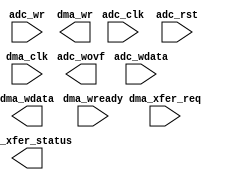
module ad9680_fifo (
		input  wire         adc_clk,         //         if_adc_clk.clk
		input  wire         adc_rst,         //         if_adc_rst.reset
		input  wire         adc_wr,          //          if_adc_wr.valid
		input  wire [127:0] adc_wdata,       //       if_adc_wdata.data
		output wire         adc_wovf,        //        if_adc_wovf.ovf
		input  wire         dma_clk,         //         if_dma_clk.clk
		output wire         dma_wr,          //          if_dma_wr.valid
		output wire [127:0] dma_wdata,       //       if_dma_wdata.data
		input  wire         dma_wready,      //      if_dma_wready.ready
		input  wire         dma_xfer_req,    //    if_dma_xfer_req.xfer_req
		output wire [3:0]   dma_xfer_status  // if_dma_xfer_status.xfer_status
	);
endmodule